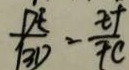
\frac { D E } { B D } = \frac { E F } { F C }